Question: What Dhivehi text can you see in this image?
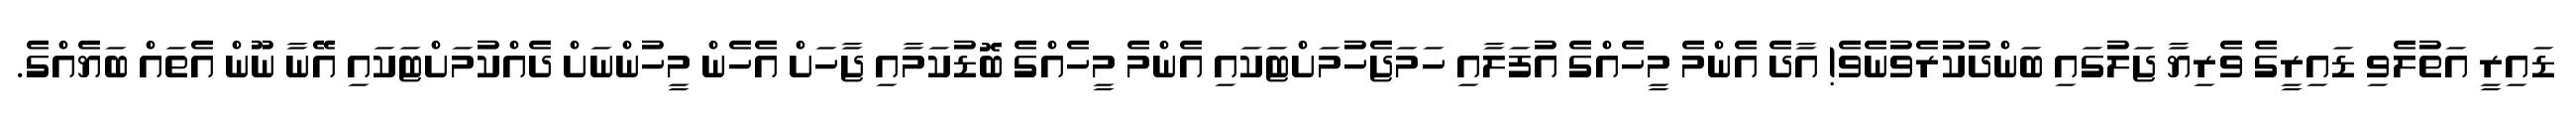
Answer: ޑައިރީ އަތުލެވި ޑައިރީގެ ވެރިޔާ ޖަލުގައި ބަންދުކުރެވުނެވެ! އާދެ އެންމެ މީހެއްގެ އުފަލާއި ހަމަޖެހުމަށްޓަކައި އެންމެ މީހެއްގެ ބޮޑުކަމާއި ޖާހަށް އެހެން މީހުންނަށް ދެއްކުމަށްޓަކައި އޭނާ ނޫން އެތައް ބަޔެއްގެ.